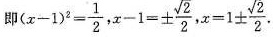
即$$(x-1)^{2}=\frac{1}{2},x-1=\ge \pm \frac{ \sqrt{2}}{2},x=1\ge \pm \frac{ \sqrt{2}}{2}.$$